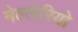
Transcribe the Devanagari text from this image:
मेल्लेरियो